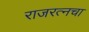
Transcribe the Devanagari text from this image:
राजरत्‍नचा